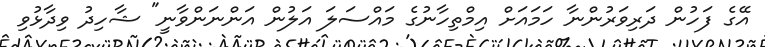
އޭގެ ފަހުން ދަރިވަރުންނާ ހަމައަށް އިމްތިހާނުގެ މައްސަލަ އަލުން އަންނަންވާނީ" ޝާހިދު ވިދާޅުވި